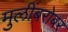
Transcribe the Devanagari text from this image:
मुलींबरोबर